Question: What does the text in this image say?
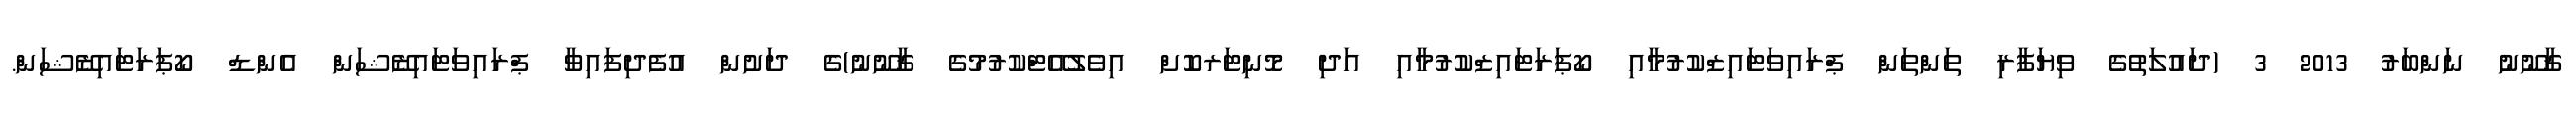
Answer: ޤާނޫނު ނަންބަރު 2013 3 (ދައުލަތުގެ ވިޔަފާރި ތަންތަން ޕްރައިވަޓައިޒްކުރުމާއި ކޯޕަރަޓައިޒްކުރުމާއި އަދި މޮނިޓަރކޮށް އިވެލުއޭޓްކުރުމުގެ ޤާނޫނު)ގެ ދަށުން އުފެދިފައިވާ ޕްރައިވަޓައިޒޭޝަން އެންޑް ކޯޕަރަޓައިޒޭޝަން.